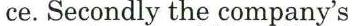
ce. Secondly the company's